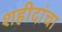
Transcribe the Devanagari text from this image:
शहीदांचा